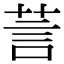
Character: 䓂